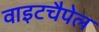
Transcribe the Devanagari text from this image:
वाइटचैपेल